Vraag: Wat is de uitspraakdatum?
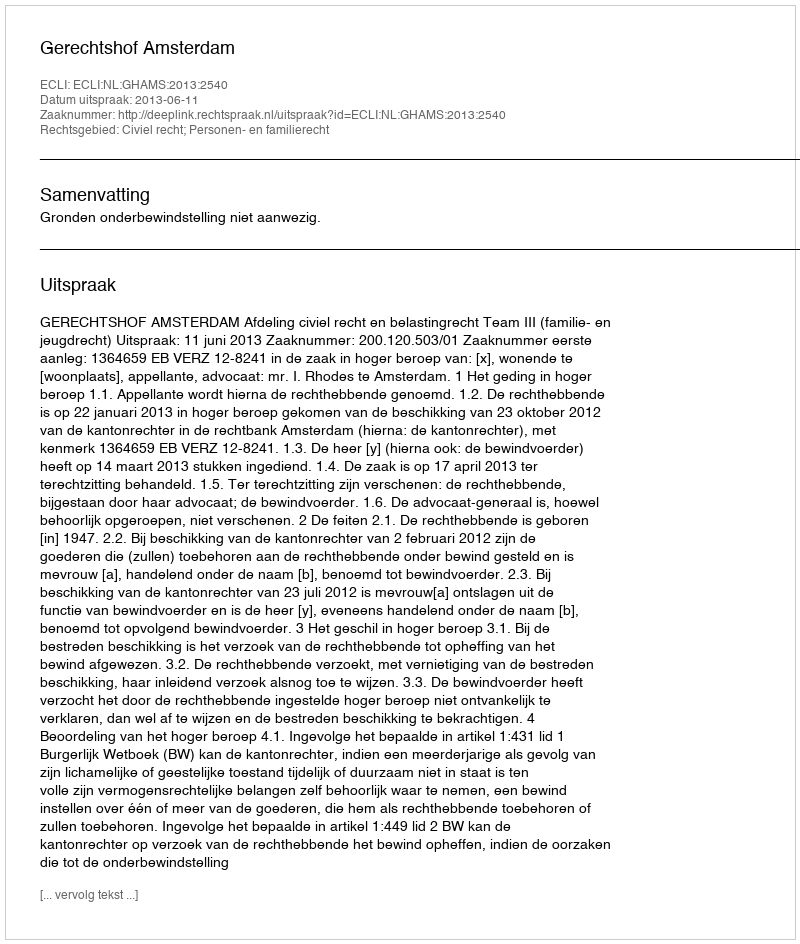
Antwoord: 2013-06-11